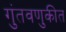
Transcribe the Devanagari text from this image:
गुंतवणुकीत